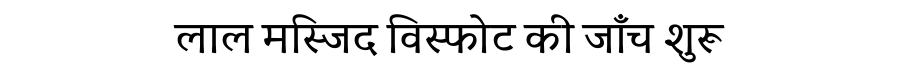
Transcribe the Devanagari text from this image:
लाल मस्जिद विस्फोट की जाँच शुरू